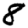
Digit: 8